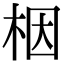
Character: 栶